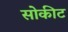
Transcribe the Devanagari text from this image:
सोकीट